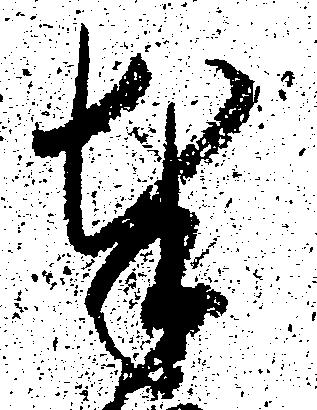
奉